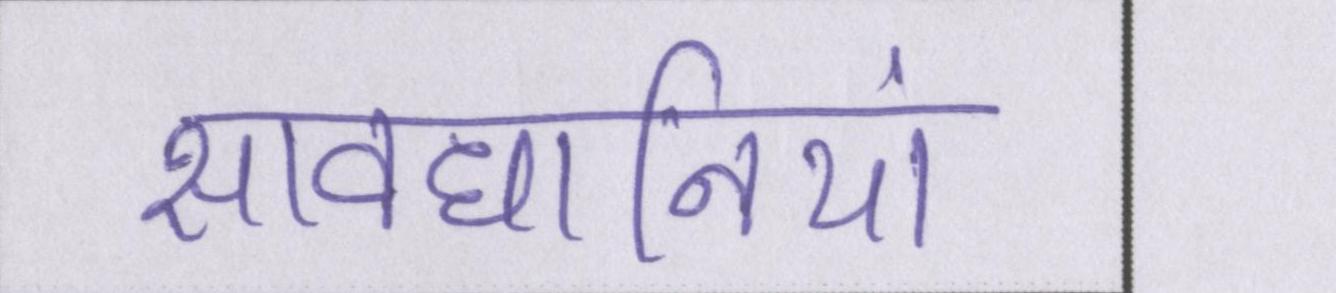
सावधानियां